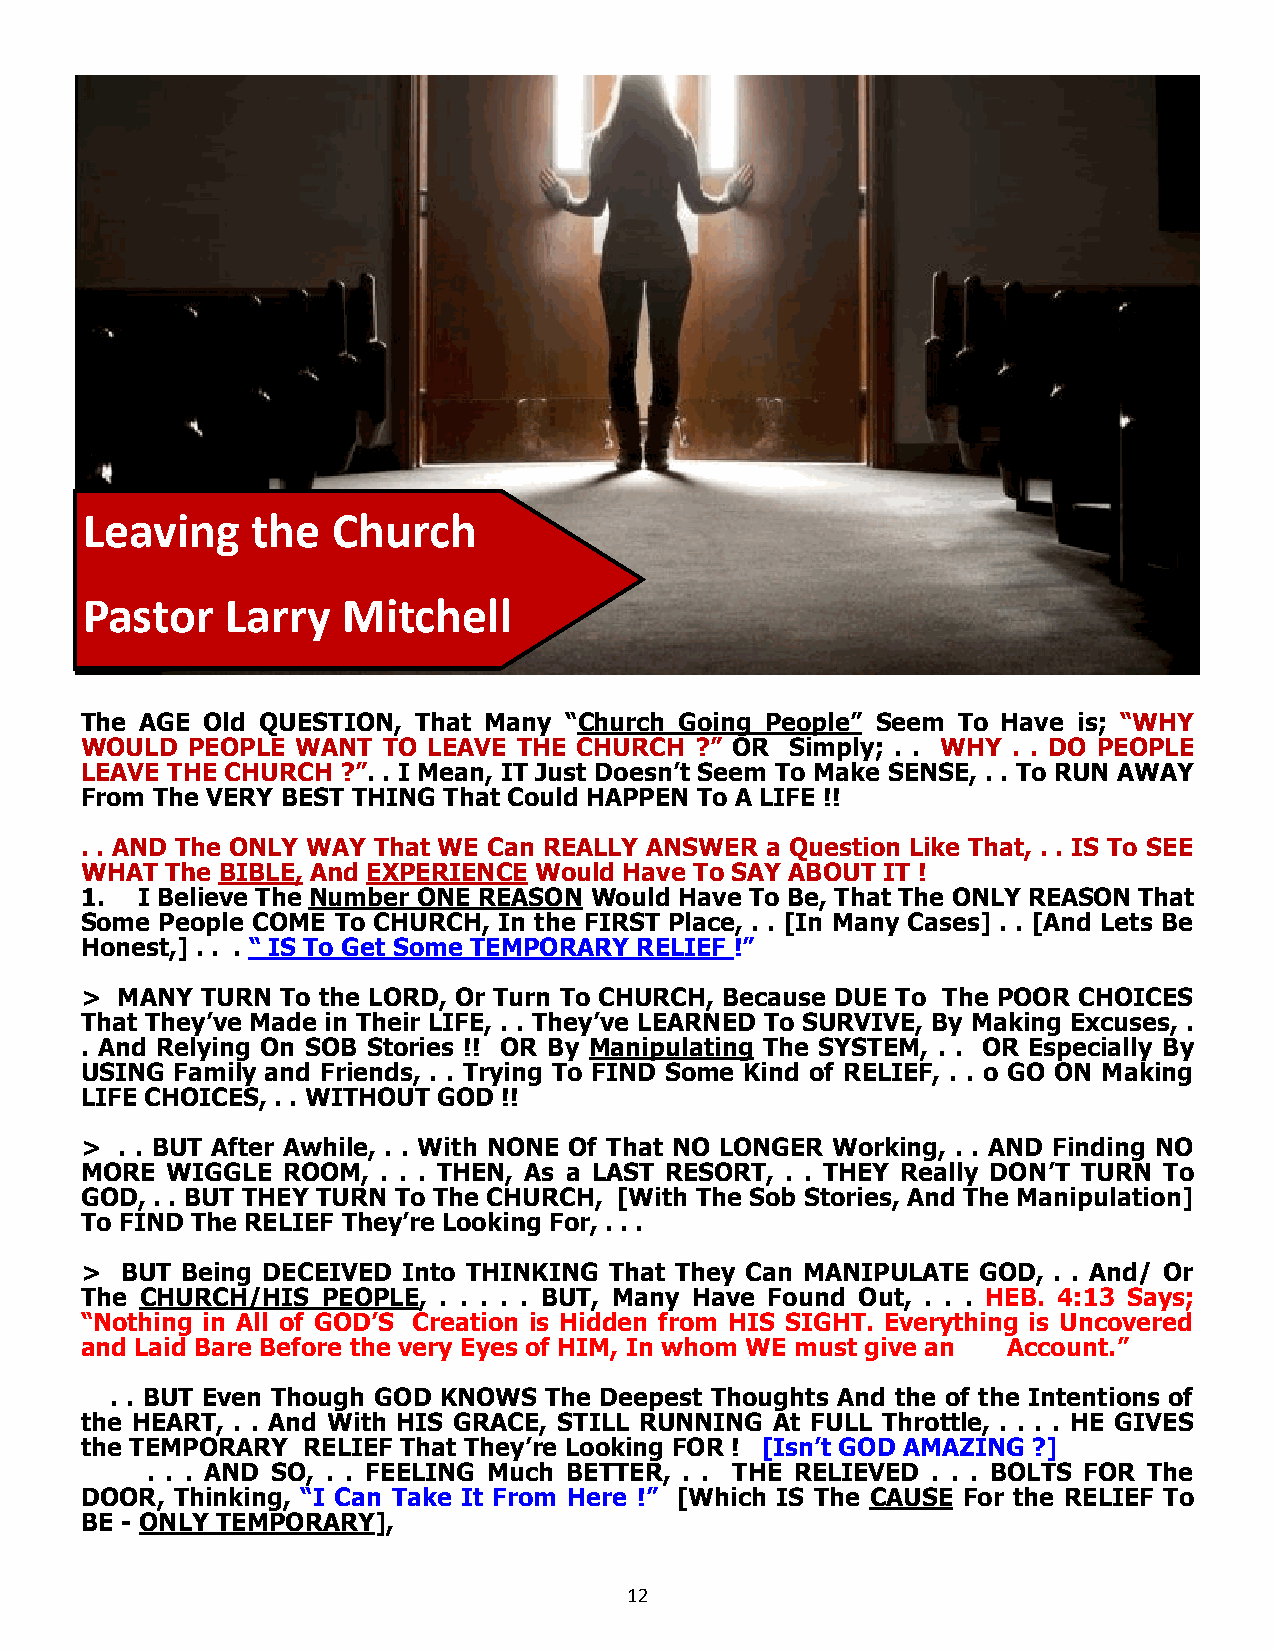
Leaving     the  Church
 Pastor    Larry   Mitchell
 The AGE Old QUESTION, That Many “Church Going People” Seem To Have is; “WHY
 WOULD  PEOPLE  WANT TO LEAVE THE CHURCH  ?” OR Simply; . . WHY . . DO PEOPLE
 LEAVE THE CHURCH  ?”. . I Mean, IT Just Doesn’t Seem To Make SENSE, . . To RUN AWAY
 From The VERY BEST THING That Could HAPPEN To A LIFE !!
 . . AND The ONLY WAY That WE Can REALLY ANSWER a Question Like That, . . IS To SEE
 WHAT  The BIBLE, And EXPERIENCE Would Have To SAY ABOUT IT !
 1.  I Believe The Number ONE REASON Would Have To Be, That The ONLY REASON That
 Some  People COME To CHURCH, In the FIRST Place, . . [In Many Cases] . . [And Lets Be
 Honest,] . . . “ IS To Get Some TEMPORARY RELIEF !”
 >  MANY TURN  To the LORD, Or Turn To CHURCH, Because DUE To The POOR CHOICES
 That They’ve Made in Their LIFE, . . They’ve LEARNED To SURVIVE, By Making Excuses, .
 . And Relying On SOB Stories !! OR By Manipulating The SYSTEM, . . OR Especially By
 USING  Family and Friends, . . Trying To FIND Some Kind of RELIEF, . . o GO ON Making
 LIFE CHOICES, . . WITHOUT GOD !!
 >  . . BUT After Awhile, . . With NONE Of That NO LONGER Working, . . AND Finding NO
 MORE  WIGGLE  ROOM, . . . THEN, As a LAST RESORT, . . THEY Really DON’T TURN To
 GOD, . . BUT THEY TURN To The CHURCH, [With The Sob Stories, And The Manipulation]
 To FIND The RELIEF They’re Looking For, . . .
 >  BUT Being DECEIVED Into THINKING That They Can MANIPULATE GOD, . . And/ Or
 The CHURCH/HIS  PEOPLE, . . . . . BUT, Many Have Found Out, . . . HEB. 4:13 Says;
 “Nothing in All of GOD’S Creation is Hidden from HIS SIGHT. Everything is Uncovered
 and Laid Bare Before the very Eyes of HIM, In whom WE must give an Account.”
 . . BUT Even Though GOD KNOWS The Deepest Thoughts And the of the Intentions of
 the HEART, . . And With HIS GRACE, STILL RUNNING At FULL Throttle, . . . . HE GIVES
 the TEMPORARY  RELIEF That They’re Looking FOR ! [Isn’t GOD AMAZING ?]
 . . . AND SO, . . FEELING Much BETTER, . . THE RELIEVED . . . BOLTS FOR The
 DOOR,  Thinking, “I Can Take It From Here !” [Which IS The CAUSE For the RELIEF To
 BE - ONLY TEMPORARY],
 12